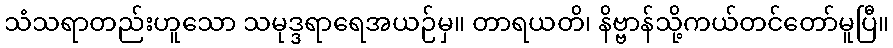
သံသရာတည်းဟူသော သမုဒ္ဒရာရေအယဉ်မှ။ တာရယတိ၊ နိဗ္ဗာန်သို့ကယ်တင်တော်မူပြီ။